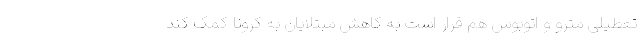
تعطیلی مترو و اتوبوس هم قرار است به کاهش مبتلایان به کرونا کمک کند